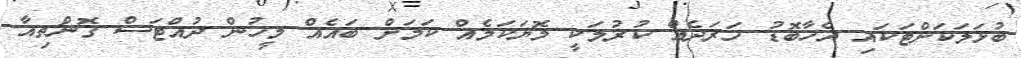
ބުޅަލަކަށްޓަކައި އެހާބޮޑު ހަރަދެއް ކުރުމަކީ މޮޔަކަމެއް ކަމަށް ބައެއް މީހުން ދުއްޓަސް ގޮންޗިއާ